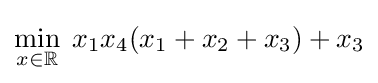
\min _{x\in \mathbb {R} }\;x_{1}x_{4}(x_{1}+x_{2}+x_{3})+x_{3}